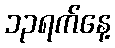
၁၃ရက်နေ့